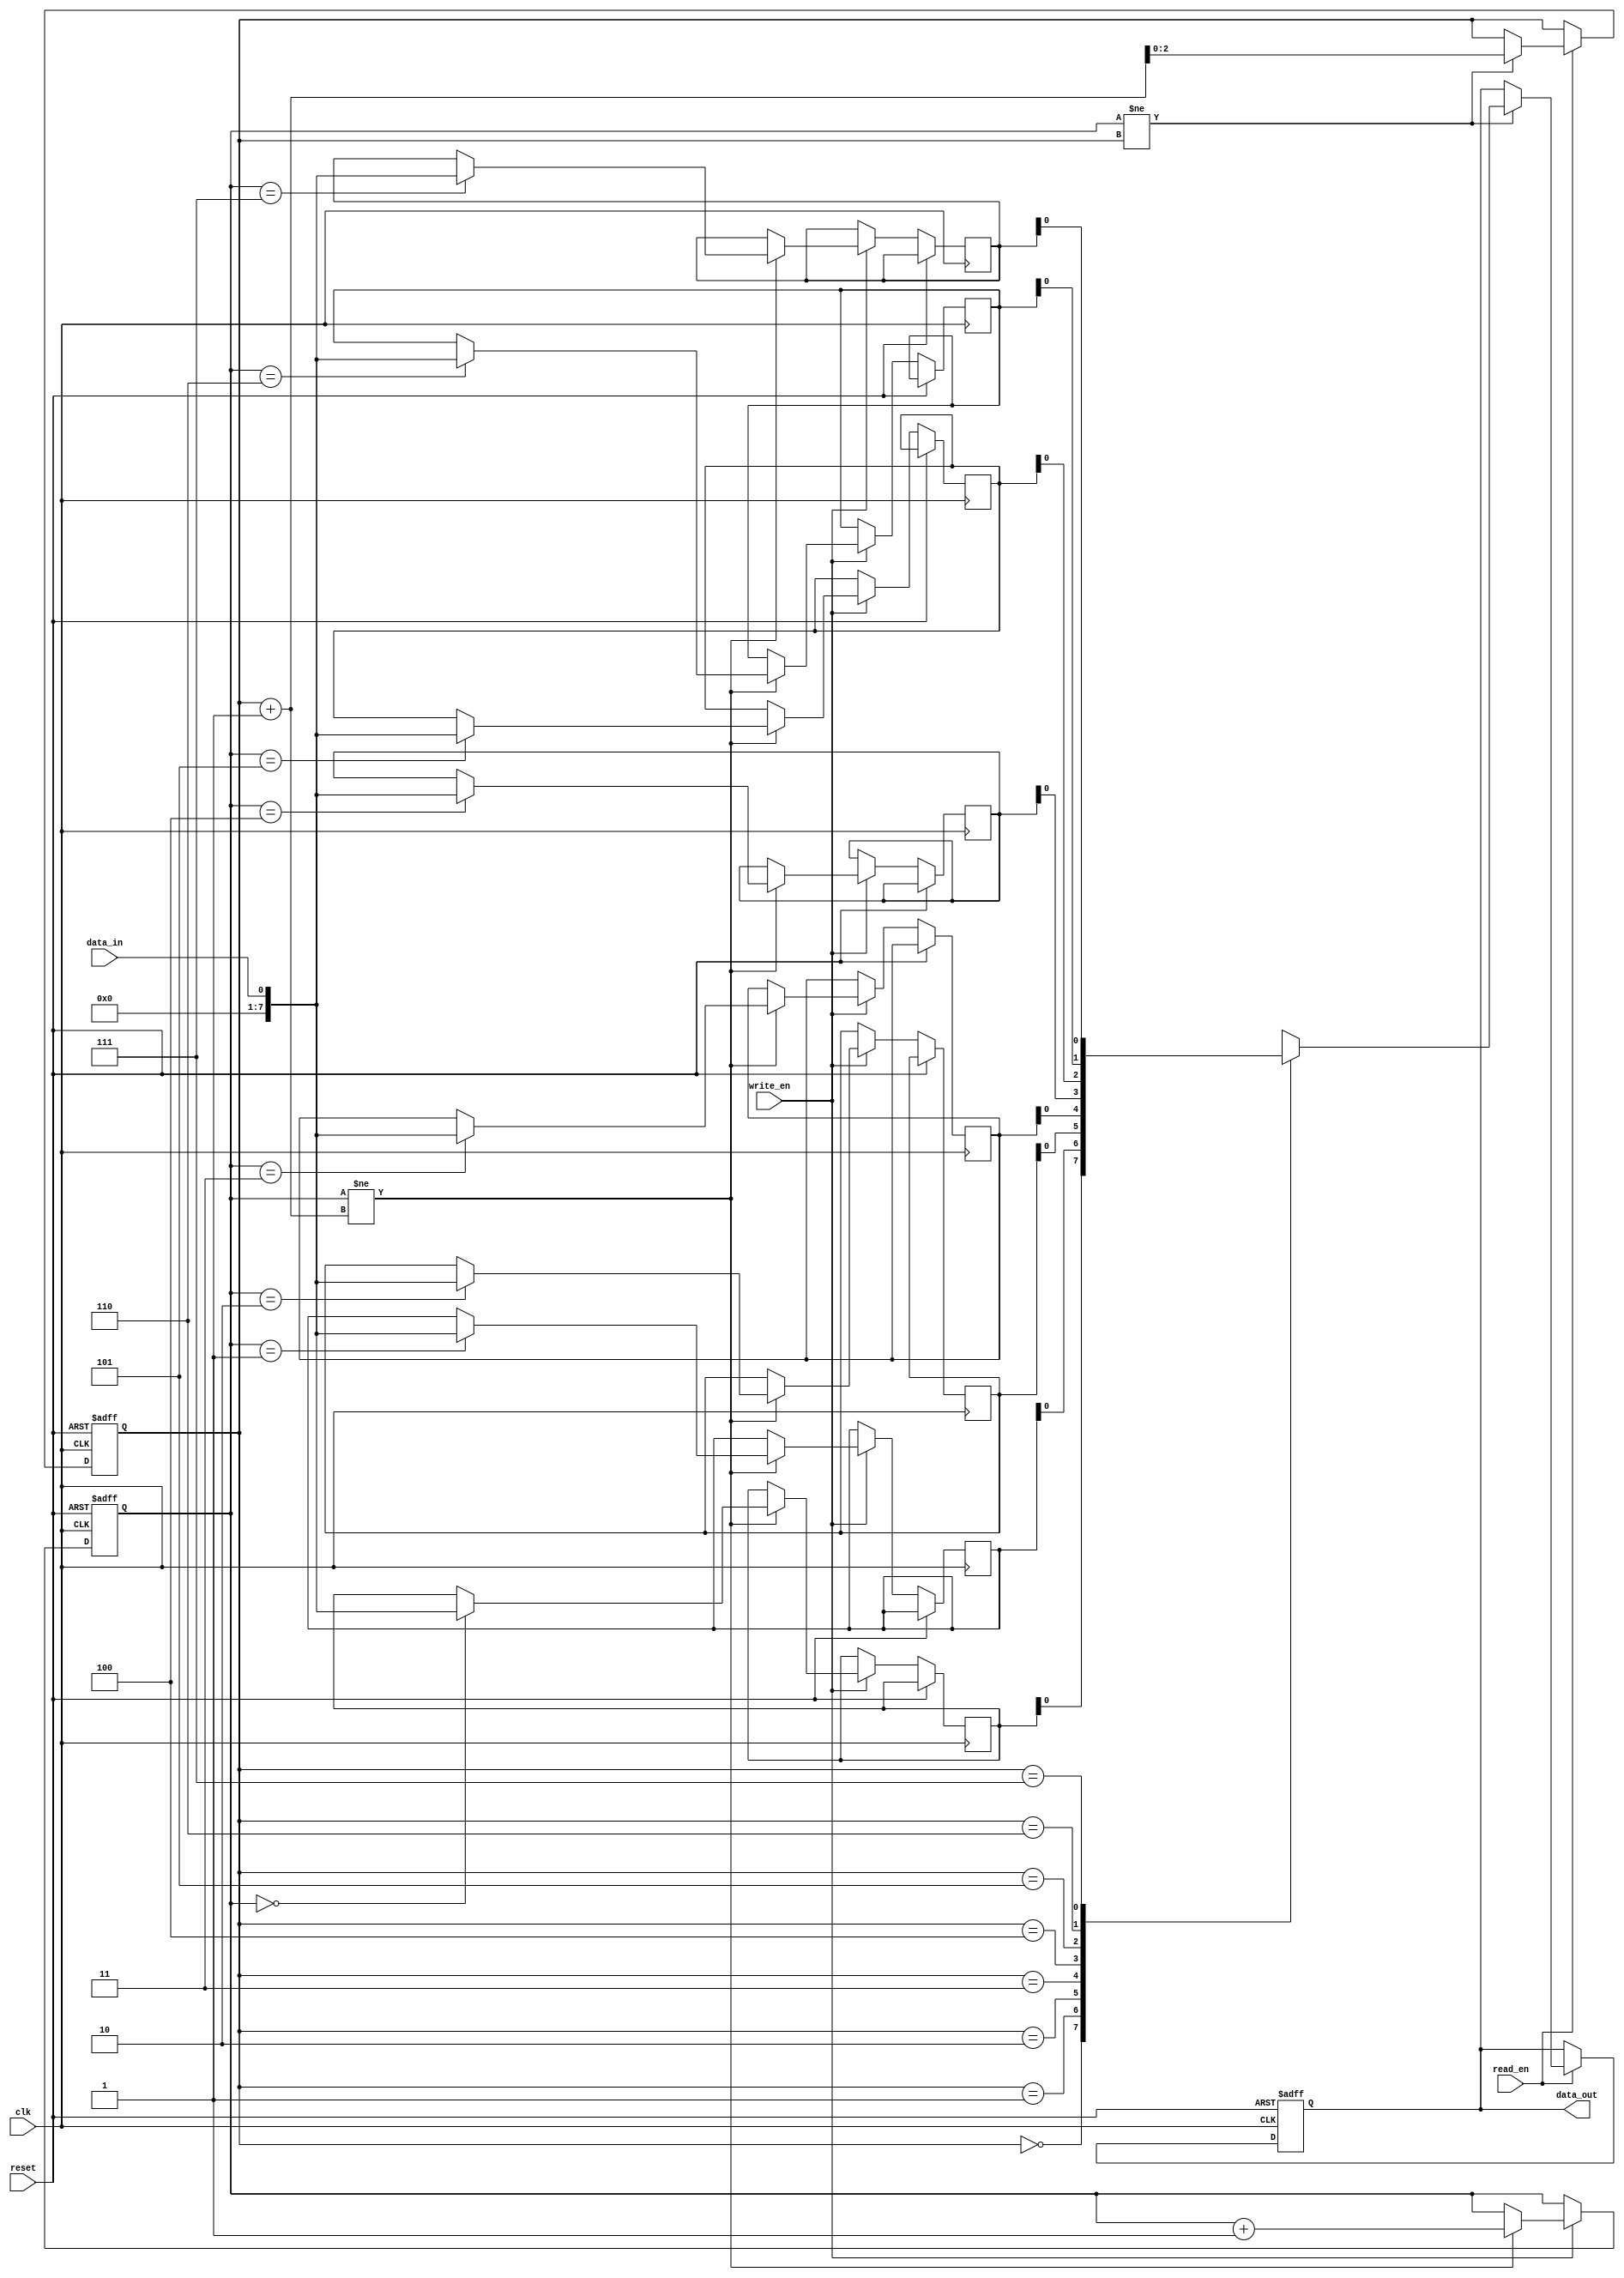
module bidirectional_fifo
(
    input wire clk,             // Clock input
    input wire reset,           // Reset input
    input wire write_en,        // Write enable input
    input wire read_en,         // Read enable input
    input wire data_in,         // Data input
    output reg data_out         // Data output
);

reg [7:0] memory [0:7];        // FIFO memory with 8 slots
reg [2:0] write_ptr, read_ptr; // Write and read pointers

always @(posedge clk or posedge reset)
begin
    if (reset)
    begin
        write_ptr <= 0;
        read_ptr <= 0;
        data_out <= 8'b0;
    end
    else
    begin
        if (write_en)
        begin
            if (write_ptr != read_ptr + 1)
            begin
                memory[write_ptr] <= data_in;
                write_ptr <= write_ptr + 1;
            end
            else
            begin
                // Manage data overflow condition
            end
        end

        if (read_en)
        begin
            if (write_ptr != read_ptr)
            begin
                data_out <= memory[read_ptr];
                read_ptr <= read_ptr + 1;
            end
            else
            begin
                // Manage data underflow condition
            end
        end
    end
end

endmodule